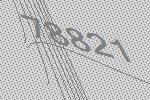
78821